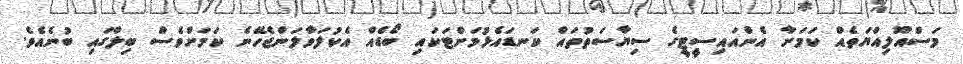
މަސްއޫލިއްޔަތެއް ކަމަށާ އެންއައިސީޓީގެ ސިޔާސަތުތައް ކަނޑައެޅުމަށްޓަކައި ބޯޑެއް އެކުލަވާލަންޖެހޭނެ ކަމަށްވެސް ބިލްގައި ބުނެއެވެ.